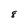
Character: 8